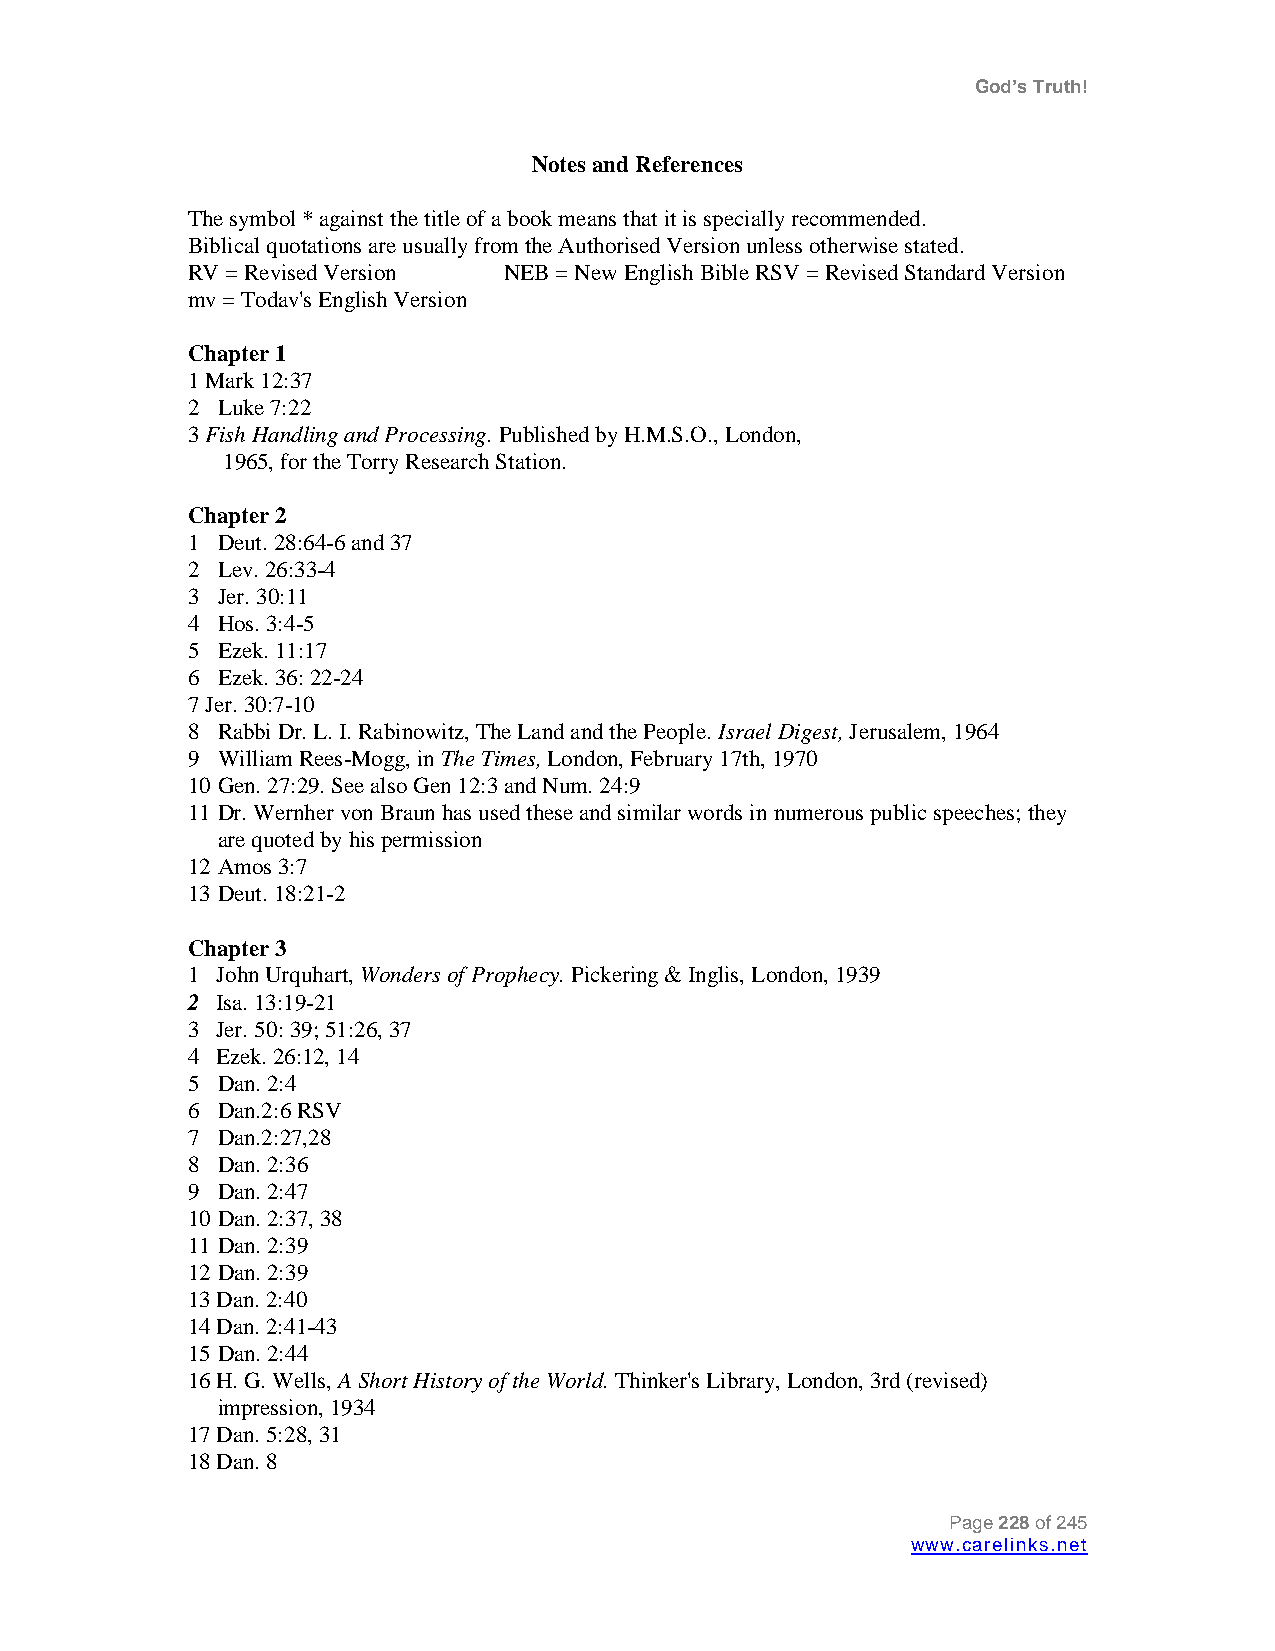
God’s Truth!
 Notes and References
 The symbol * against the title of a book means that it is specially recommended.
 Biblical quotations are usually from the Authorised Version unless otherwise stated.
 RV = Revised Version NEB = New English Bible RSV = Revised Standard Version
 mv = Todav's English Version
 Chapter 1
 1 Mark 12:37
 2 Luke 7:22
 3 Fish Handling and Processing. Published by H.M.S.O., London,
 1965, for the Torry Research Station.
 Chapter 2
 1 Deut. 28:64-6 and 37
 2 Lev. 26:33-4
 3 Jer. 30:11
 4 Hos. 3:4-5
 5 Ezek. 11:17
 6 Ezek. 36: 22-24
 7 Jer. 30:7-10
 8 Rabbi Dr. L. I. Rabinowitz, The Land and the People. Israel Digest, Jerusalem, 1964
 9 William Rees-Mogg, in The Times, London, February 17th, 1970
 10 Gen. 27:29. See also Gen 12:3 and Num. 24:9
 11 Dr. Wernher von Braun has used these and similar words in numerous public speeches; they
 are quoted by his permission
 12 Amos 3:7
 13 Deut. 18:21-2
 Chapter 3
 1 John Urquhart, Wonders of Prophecy. Pickering & Inglis, London, 1939
 2 Isa. 13:19-21
 3 Jer. 50: 39; 51:26, 37
 4 Ezek. 26:12, 14
 5 Dan. 2:4
 6 Dan.2:6 RSV
 7 Dan.2:27,28
 8 Dan. 2:36
 9 Dan. 2:47
 10 Dan. 2:37, 38
 11 Dan. 2:39
 12 Dan. 2:39
 13 Dan. 2:40
 14 Dan. 2:41-43
 15 Dan. 2:44
 16 H. G. Wells, A Short History of the World. Thinker's Library, London, 3rd (revised)
 impression, 1934
 17 Dan. 5:28, 31
 18 Dan. 8
 Page 228 of 245
 www.carelinks.net